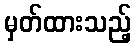
မှတ်ထားသည့်